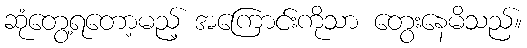
ဆုံတွေ့ရတော့မည့် အကြောင်းကိုသာ တွေးနေမိသည်။